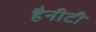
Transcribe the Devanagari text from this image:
हैनीटी